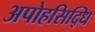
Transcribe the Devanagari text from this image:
अपोहसिद्धि